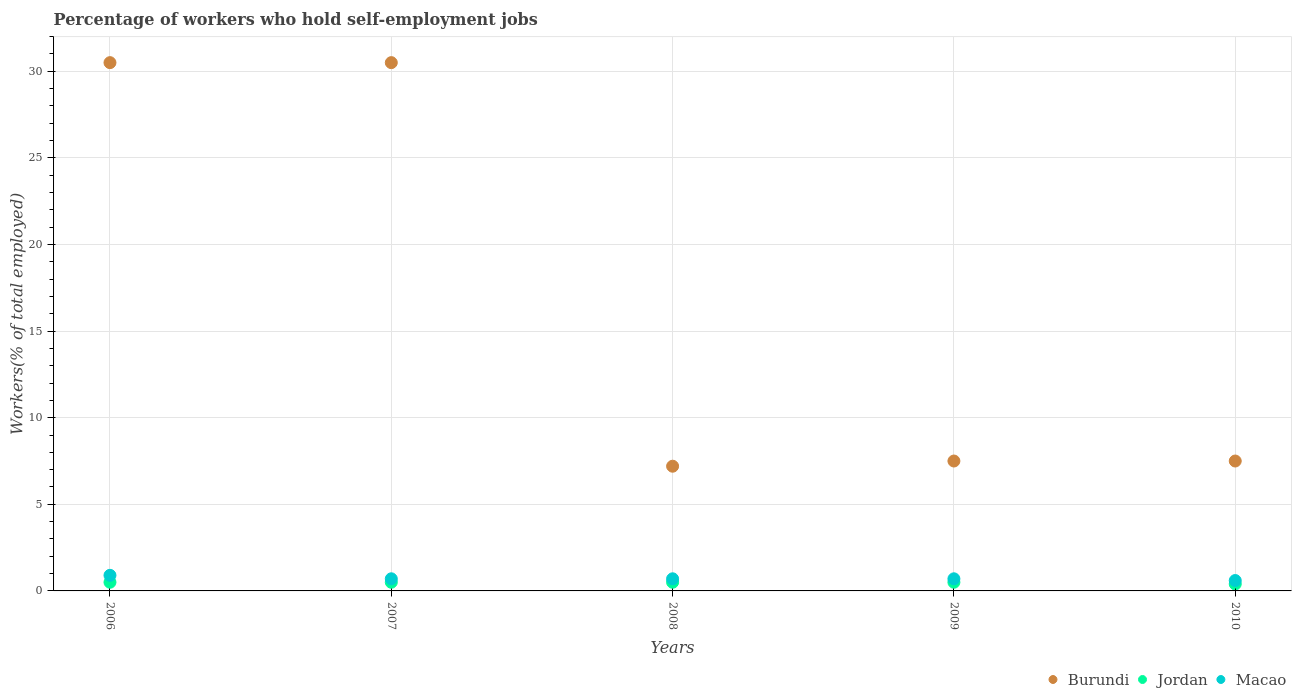
| Years | Burundi | Jordan | Macao |
 | --- | --- | --- | --- |
 | 2006 | 30.5 | 0.5 | 0.9 |
 | 2007 | 30.5 | 0.5 | 0.7 |
 | 2008 | 7.2 | 0.5 | 0.7 |
 | 2009 | 7.5 | 0.5 | 0.7 |
 | 2010 | 7.5 | 0.4 | 0.6 |